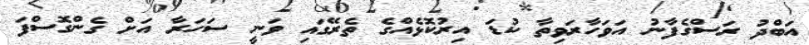
އަބްދު ރަސްގެފާނު އަވަހާރަވިތާ ކުޑަ އިރުކޮޅެއްގެ ތެރޭގައި ވަނީ ސަހަރާ އަށް ގެންގޮސްފަ